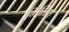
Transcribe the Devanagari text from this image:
गिलिस